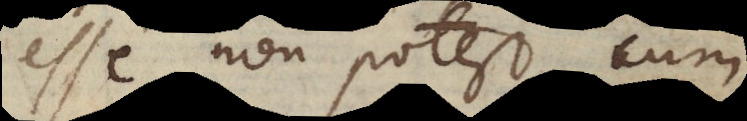
esse non potest, cum